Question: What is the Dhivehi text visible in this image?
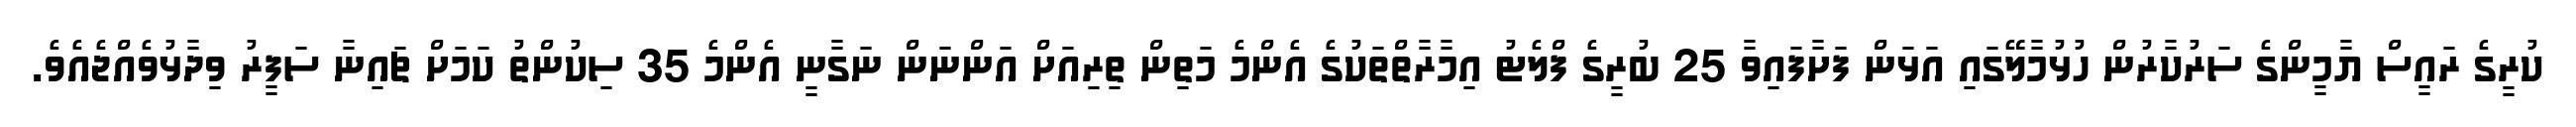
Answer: ކުރީގެ ރައީސް ޔާމީންގެ ސަރުކާރުން ހުޅުމާލޭގައި އަޅަން ފަށާފައިވާ 25 ބުރީގެ ފްލެޓު އިމާރާތްތަކުގެ އެންމެ މަތިން ތިރިއަށް އަންނަން ނަގާނީ އެންމެ 35 ސިކުންތު ކަމަށް ޗައިނާ ސަފީރު ވިދާޅުވެއްޖެއެވެ.